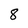
Character: 8